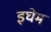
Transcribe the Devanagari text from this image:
इघेम